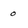
Character: o